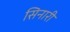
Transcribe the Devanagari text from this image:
सिनारी